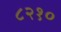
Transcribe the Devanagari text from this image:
८२१०